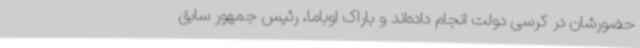
حضورشان در کرسی دولت انجام داده‌اند و باراک اوباما، رئیس جمهور سابق